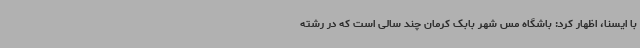
با ایسنا، اظهار کرد: باشگاه مس شهر بابک کرمان چند سالی است که در رشته